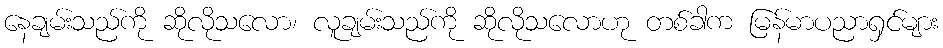
နေချမ်းသည်ကို ဆိုလိုသလော၊ လူချမ်းသည်ကို ဆိုလိုသလောဟု တစ်ခါက မြန်မာပညာရှင်များ